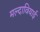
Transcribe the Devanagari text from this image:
मल्दावियाई